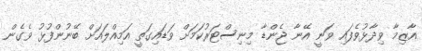
އާޒިމާ ވިދާޅުވެފައި ވަނީ އޭނާ ޖެންޑާ މިނިސްޓަރުކަމަށް ވަޑައިގަތީ އަމިއްލައަށް ބޭނުންފުޅު ވެގެން